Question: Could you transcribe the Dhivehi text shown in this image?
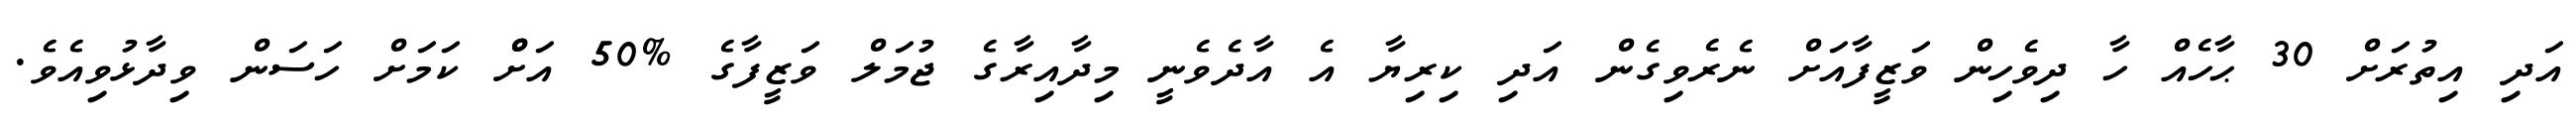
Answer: އަދި އިތުރަށް 30 ޙާހެއް ހާ ދިވެހިން ވަޒީފާއަށް ނެރެވިގެން އަދި ކިރިޔާ އެ އާދެވެނީ މިދާއިރާގެ ޖުމަލް ވަޒީފާގެ %50 އަށްް ކަމަށް ހަސަން ވިދާޅުވިއެވެ.